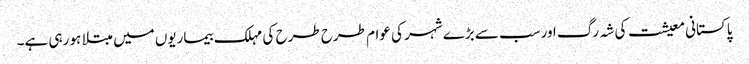
پاکستانی معیشت کی شہ رگ اورسب سے بڑے شہر کی عوام طرح طرح کی مہلک بیماریوں میں مبتلا ہو رہی ہے۔